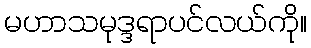
မဟာသမုဒ္ဒရာပင်လယ်ကို။